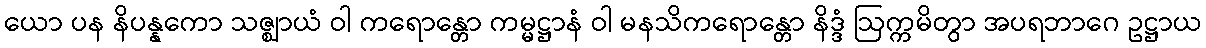
ယော ပန နိပန္နကော သဇ္ဈာယံ ဝါ ကရောန္တော ကမ္မဋ္ဌာနံ ဝါ မနသိကရောန္တော နိဒ္ဒံ ဩက္ကမိတွာ အပရဘာဂေ ဥဋ္ဌာယ